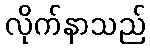
လိုက်နာသည်